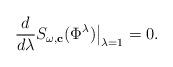
LaTeX: \begin{align*}\frac{d}{d\lambda}S_{\omega,\mathbf{c}}(\Phi^{\lambda})\big|_{\lambda=1}=0. \end{align*}